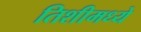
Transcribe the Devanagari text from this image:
तिशीमध्ये